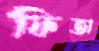
ফিতা